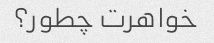
خواهرت چطور؟